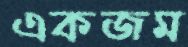
একজম